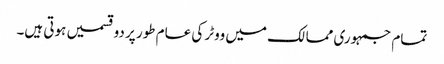
تمام جمہوری ممالک میں ووٹر کی عام طور پر دو قسمیں ہوتی ہیں۔